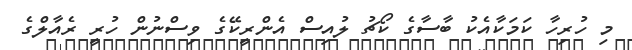
މި ހުރިހާ ކަމަކާއެކު ބާސާގެ ކޯޗު ލުއިސް އެންރީކޭގެ ވިސްނުން ހުރީ ރެއާލްގެ